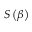
S \left( { \boldsymbol { \beta } } \right)